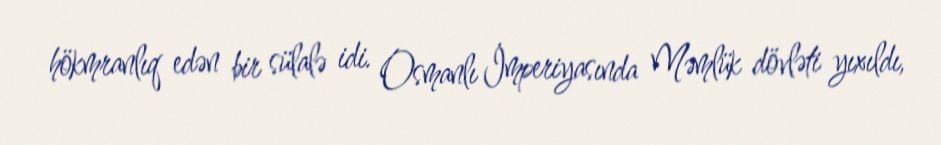
hökmranlıq edən bir sülalə idi. Osmanlı İmperiyasında Məmlük dövləti yıxıldı,